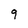
Character: 9